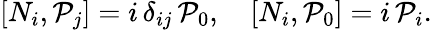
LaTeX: \left[N_{i},{\cal P}_{j}\right]=i\, \delta_{ij}\, {\cal P}_{0},\quad\left[N_{i},{\cal P}_{0}\right]=i\, {\cal P}_{i}.